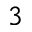
3